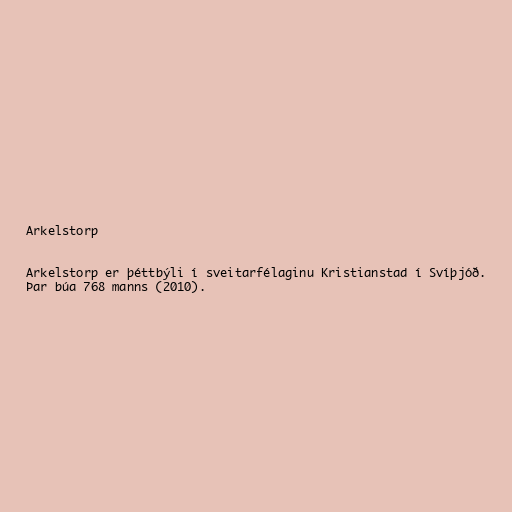
Arkelstorp

Arkelstorp er þéttbýli í sveitarfélaginu Kristianstad í Svíþjóð.
Þar búa 768 manns (2010).